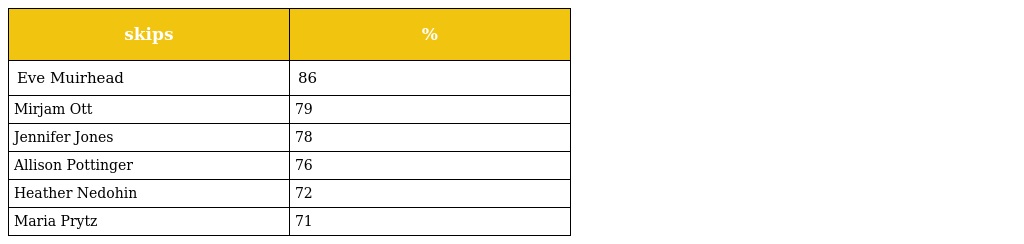
| skips | % |
 | --- | --- |
 | Eve Muirhead | 86 |
 | Mirjam Ott | 79 |
 | Jennifer Jones | 78 |
 | Allison Pottinger | 76 |
 | Heather Nedohin | 72 |
 | Maria Prytz | 71 |